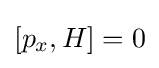
[p_{x},H]=0